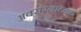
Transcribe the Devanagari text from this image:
अवसंरनात्मक